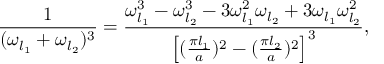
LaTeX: { \frac { 1 } { ( \omega _ { l _ { 1 } } + \omega _ { l _ { 2 } } ) ^ { 3 } } } = { \frac { \omega _ { l _ { 1 } } ^ { 3 } - \omega _ { l _ { 2 } } ^ { 3 } - 3 \omega _ { l _ { 1 } } ^ { 2 } \omega _ { l _ { 2 } } + 3 \omega _ { l _ { 1 } } \omega _ { l _ { 2 } } ^ { 2 } } { \left[ ( { \frac { \pi l _ { 1 } } { a } } ) ^ { 2 } - ( { \frac { \pi l _ { 2 } } { a } } ) ^ { 2 } \right] ^ { 3 } } } ,